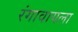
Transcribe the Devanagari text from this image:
रंगावायला